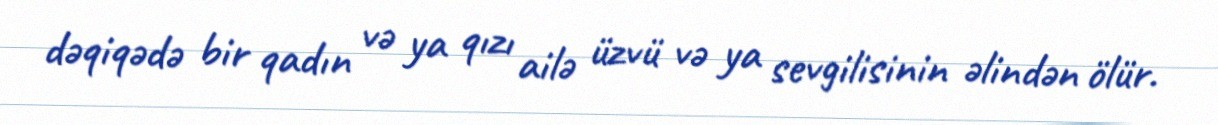
dəqiqədə bir qadın və ya qızı ailə üzvü və ya sevgilisinin əlindən ölür.